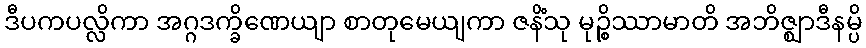
ဒီပကပလ္လိကာ အဂ္ဂဒက္ခိဏေယျာ စာတုမေယျကာ ဇနိံသု မုဉ္စိဿာမာတိ အဘိဇ္ဈာဒီနမ္ပိ